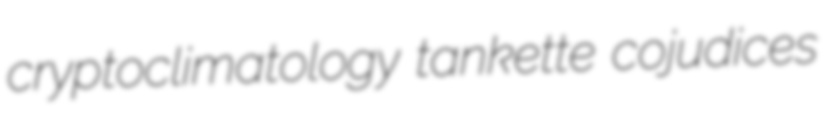
cryptoclimatology tankette cojudices